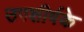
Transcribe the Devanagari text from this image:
उपशीर्षके